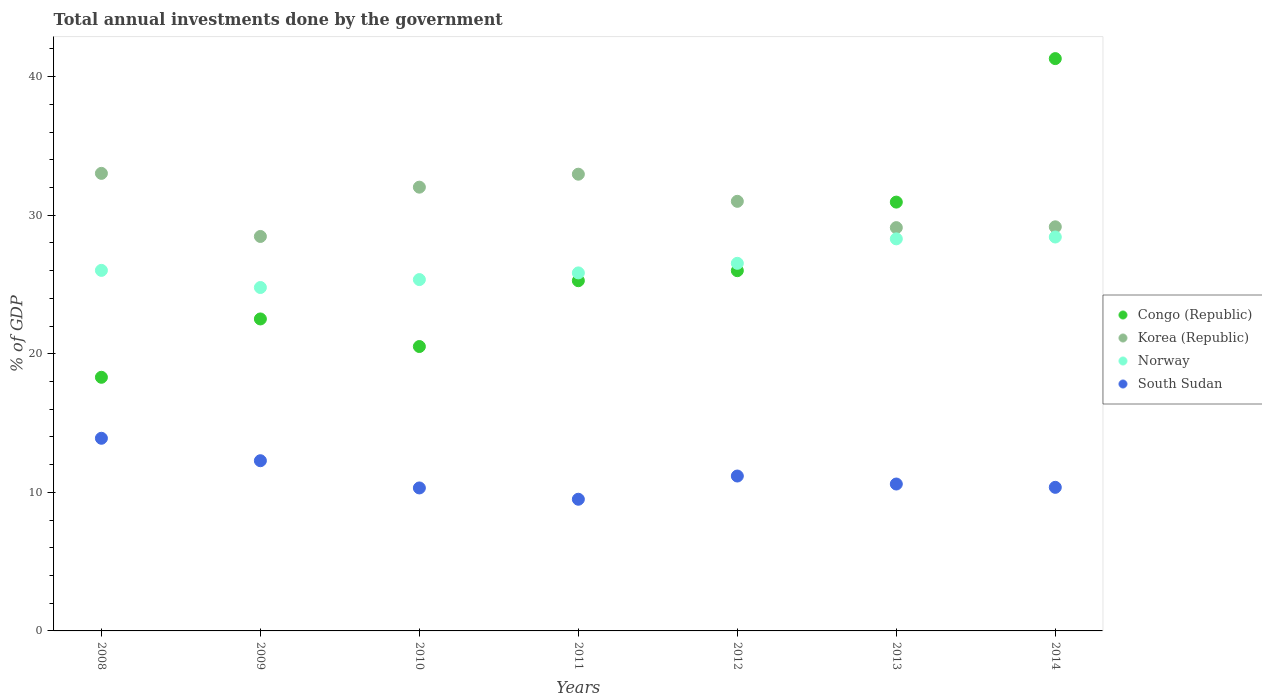
| Years | Congo (Republic) | Korea (Republic) | Norway | South Sudan |
 | --- | --- | --- | --- | --- |
 | 2008 | 18.3 | 33 | 26 | 13.9 |
 | 2009 | 22.5 | 28.5 | 24.8 | 12.3 |
 | 2010 | 20.5 | 32 | 25.4 | 10.3 |
 | 2011 | 25.3 | 33 | 25.8 | 9.5 |
 | 2012 | 26 | 31 | 26.5 | 11.2 |
 | 2013 | 30.9 | 29.1 | 28.3 | 10.6 |
 | 2014 | 41.3 | 29.2 | 28.4 | 10.4 |